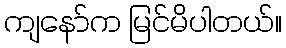
ကျနော်က မြင်မိပါတယ်။